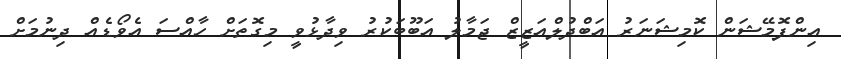
އިންފޮމޭޝަން ކޮމިޝަނަރު އަބްދުލްއަޒީޒް ޖަމާލު އަބޫބަކުރު ވިދާޅުވީ މިގޮތަށް ހާއްސަ އެވޯޑެއް ދިނުމަށް